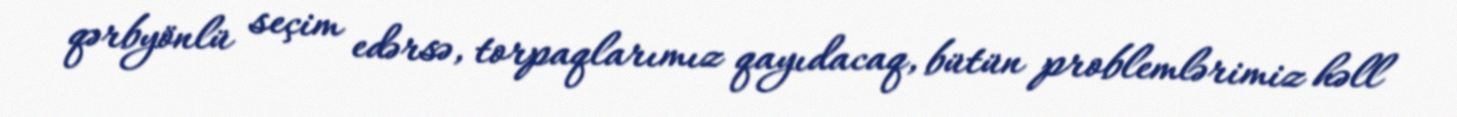
qərbyönlü seçim edərsə, torpaqlarımız qayıdacaq, bütün problemlərimiz həll